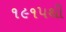
૧૯૧૫થી